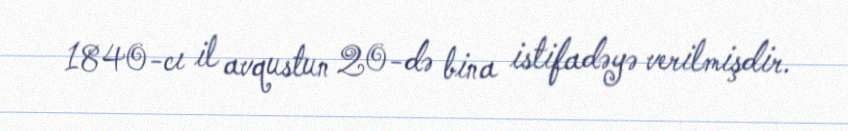
1840-cı il avqustun 20-də bina istifadəyə verilmişdir.